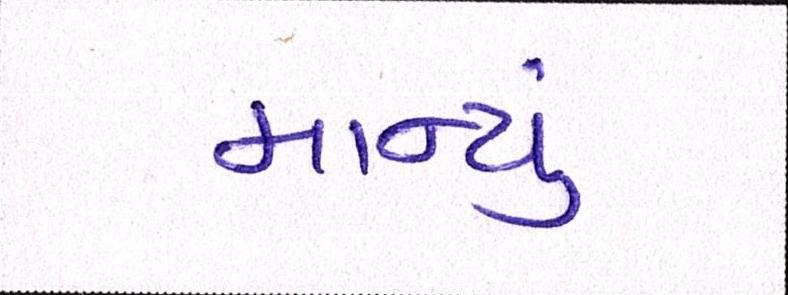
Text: માન્યું